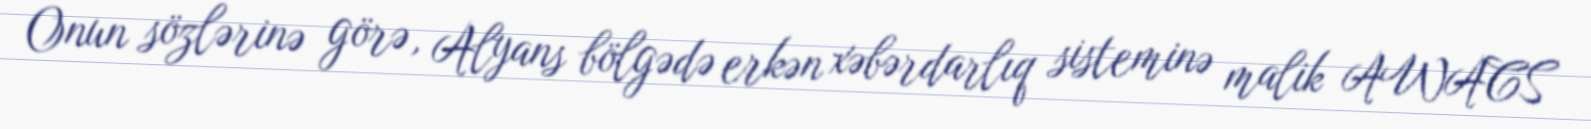
Onun sözlərinə görə, Alyans bölgədə erkən xəbərdarlıq sisteminə malik AWACS